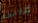
كانت